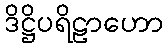
ဒိဋ္ဌိပရိဠာဟော